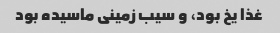
غذا یخ بود، و سیب زمینی ماسیده بود